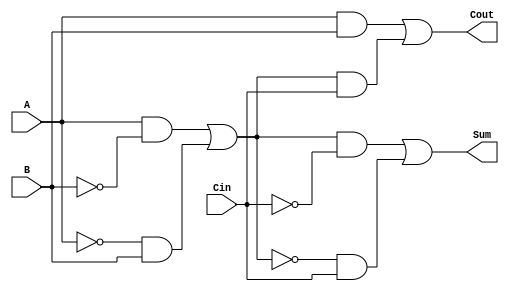
module TransmissionGateFullAdder (
    input wire A,      // First input bit
    input wire B,      // Second input bit
    input wire Cin,    // Carry-in bit
    output wire Sum,   // Output sum
    output wire Cout   // Output carry-out
);

// Intermediate wires for the XOR and AND operations
wire AxorB;
wire AxorB_and_Cin;
wire A_and_B;

// Transmission gate for A XOR B
assign AxorB = (A & ~B) | (~A & B); // A XOR B

// Transmission gate for A XOR B XOR Cin
assign Sum = (AxorB & ~Cin) | (~AxorB & Cin); // (A XOR B) XOR Cin

// Transmission gate for A AND B
assign A_and_B = A & B; // A AND B

// Transmission gate for Cin AND (A XOR B)
assign AxorB_and_Cin = AxorB & Cin; // (A XOR B) AND Cin

// Final Cout using OR operation
assign Cout = A_and_B | AxorB_and_Cin; // Cout = (A AND B) OR (Cin AND (A XOR B))

endmodule